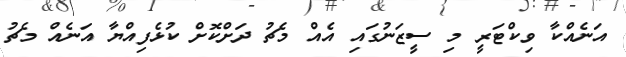
އަނެއްކާ ވިކްޓަރީ މި ސީޒަނުގައި އެއް މެޗު ދަށްކޮށް ކުޅެފިއްޔާ އަނެއް މެޗު